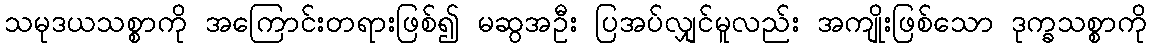
သမုဒယသစ္စာကို အကြောင်းတရားဖြစ်၍ မဆွအဦး ပြအပ်လျှင်မူလည်း အကျိုးဖြစ်သော ဒုက္ခသစ္စာကို